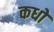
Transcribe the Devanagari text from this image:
कधों